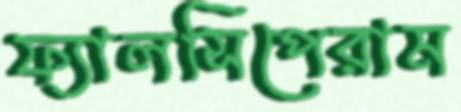
ফ্যালসিপেরাম